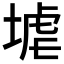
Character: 𱗒